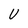
Character: U